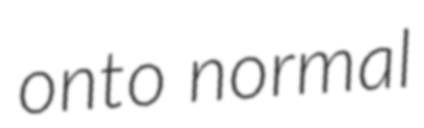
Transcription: onto normal